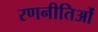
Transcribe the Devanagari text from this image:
रणनीतिओं